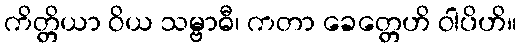
ကိတ္တိယာ ဝိယ သမ္ဗာဓီ၊ ကတာ ခေတ္တေဟိ ဝါပိဟိ။